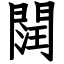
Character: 䦞